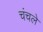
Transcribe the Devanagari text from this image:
चंचले